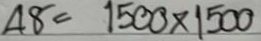
48 = 1500 x 1500